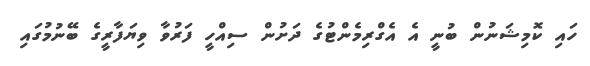
ހައި ކޮމިޝަނުން ބުނީ އެ އެގްރިމެންޓުގެ ދަށުން ސިއްހީ ފަރުވާ ވިޔަފާރީގެ ބޭނުމުގައި